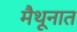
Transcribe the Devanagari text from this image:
मैथूनात